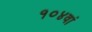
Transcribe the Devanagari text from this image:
१०४वां